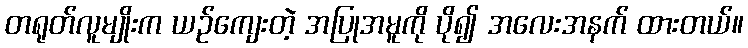
တရုတ်လူမျိုးက ယဉ်ကျေးတဲ့ အပြုအမူကို ပို၍ အလေးအနက် ထားတယ်။